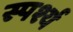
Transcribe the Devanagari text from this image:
स्पर्श्य